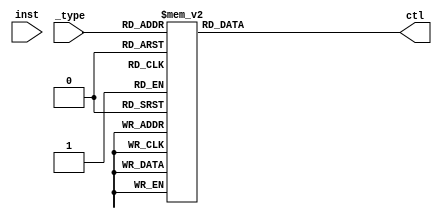
module control_write(inst, _type, ctl);
	/**
	* this is a combinational logic block
	* translating instructions to write signals. this mainly deals with registers.
	* write happens with the positive edge and it updates the values in the registers.
	* it also sends control signals to the alu, ram and pc and decides which one to put on the bus.
	*/
	parameter CTL_WRI = 5;
	parameter ZRO_IN = 0;
	parameter ALU_CTL = 1;
	parameter RAMOUT_CTL = 2;
	parameter PC_CTL = 3;
	parameter REG_CTL = 4;
	input [31:0] inst;
	input [3:0] _type;
	output reg[CTL_WRI-1:0] ctl;
	
	initial begin
		ctl = 0;
	end
	
	always @(_type) begin
		case (_type)
			4'b0001: begin ctl = 1 << ALU_CTL | 1 << REG_CTL; end //imm to register
			4'b0010: begin ctl = 1 << ALU_CTL | 1 << REG_CTL; end //reg to reg
			4'b0011: begin ctl = 1 << ZRO_IN; end //branch, don't write to stuff
			4'b0100: begin ctl = 1 << RAMOUT_CTL | 1 << REG_CTL; end //load
			4'b0101: begin ctl = 1 << ZRO_IN; end //store
			4'b0110: begin ctl = 1 << PC_CTL | 1 << REG_CTL; end //jal stores pc to rd
			4'b0111: begin ctl = 1 << PC_CTL | 1 << REG_CTL; end //same with jalr
			4'b1000: begin ctl = 1 << ALU_CTL | 1 << REG_CTL; end //lui
			4'b1001: begin ctl = 1 << REG_CTL | 1 << PC_CTL; end //auipc
			4'b1010: begin ctl = 1 << ZRO_IN; end //halt
			default: begin ctl = 1 << ZRO_IN; end //default
		endcase
	end
endmodule